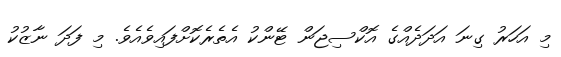
މި އަހަރު ގިނަ އަދަދެއްގެ އޮކްސިޖަން ޓޭންކު އެތެރެކޮށްފައިވެއެވެ. މި ފަދަ ނާޒުކު